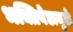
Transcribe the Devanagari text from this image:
भक्तिवेडामुळे